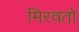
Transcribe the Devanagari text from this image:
मिरवतो